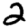
Digit: 2